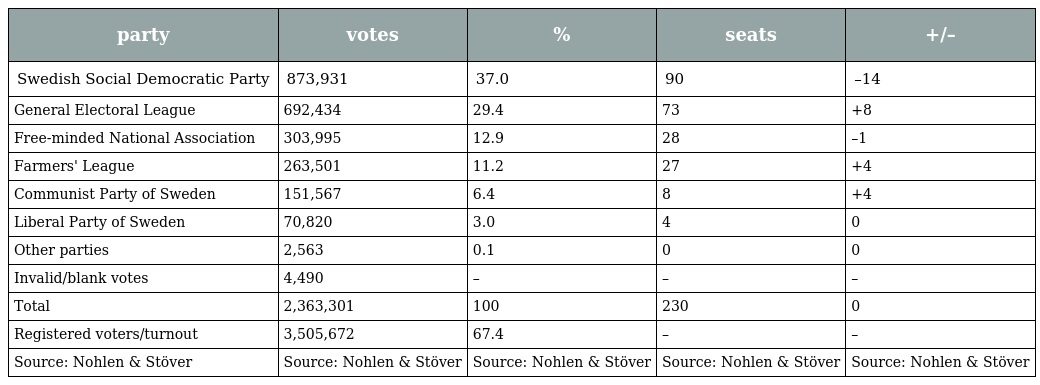
| party | votes | % | seats | +/– |
 | --- | --- | --- | --- | --- |
 | Swedish Social Democratic Party | 873,931 | 37.0 | 90 | –14 |
 | General Electoral League | 692,434 | 29.4 | 73 | +8 |
 | Free-minded National Association | 303,995 | 12.9 | 28 | –1 |
 | Farmers' League | 263,501 | 11.2 | 27 | +4 |
 | Communist Party of Sweden | 151,567 | 6.4 | 8 | +4 |
 | Liberal Party of Sweden | 70,820 | 3.0 | 4 | 0 |
 | Other parties | 2,563 | 0.1 | 0 | 0 |
 | Invalid/blank votes | 4,490 | – | – | – |
 | Total | 2,363,301 | 100 | 230 | 0 |
 | Registered voters/turnout | 3,505,672 | 67.4 | – | – |
 | Source: Nohlen & Stöver | Source: Nohlen & Stöver | Source: Nohlen & Stöver | Source: Nohlen & Stöver | Source: Nohlen & Stöver |